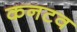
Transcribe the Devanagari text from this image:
कनटव